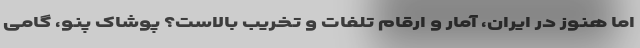
اما هنوز در ایران، آمار و ارقام تلفات و تخریب بالاست؟ پوشاک پنو، گامی